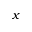
x